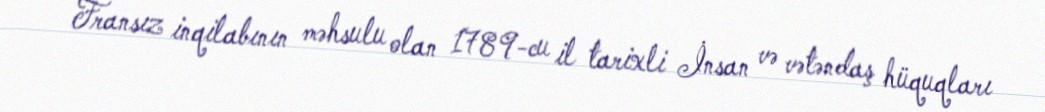
Fransız inqilabının məhsulu olan 1789-cu il tarixli İnsan və vətəndaş hüquqları